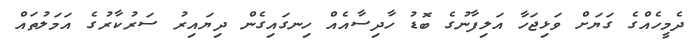
ދެެމީހެއްގެ ގަޔަށް ވަޅިޖަހާ އަލިފާނުގެ ބޮޑު ހާދިސާއެއް ހިނގައިގެން ދިޔައިރު ސަރުކާރުގެ އަމަލުތައް